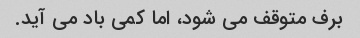
برف متوقف می شود، اما کمی باد می آید.